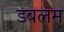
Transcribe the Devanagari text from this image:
डबलम